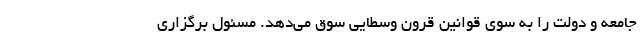
جامعه و دولت را به سوی قوانین قرون وسطایی سوق می‌دهد. مسئول برگزاری